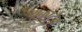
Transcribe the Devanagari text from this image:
यूकाटेक